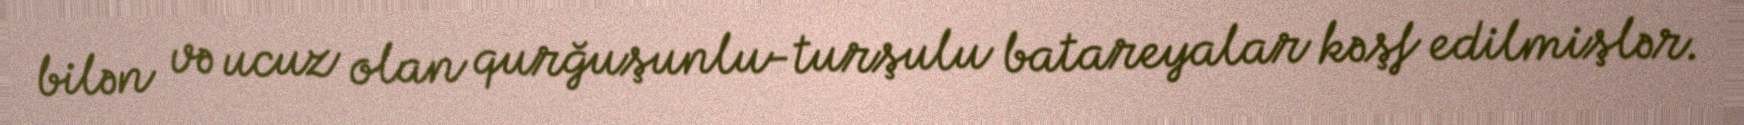
bilən və ucuz olan qurğuşunlu-turşulu batareyalar kəşf edilmişlər.